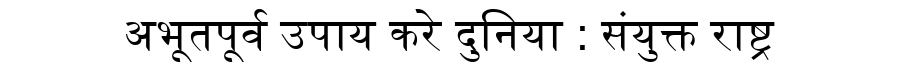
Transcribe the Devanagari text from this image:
अभूतपूर्व उपाय करे दुनिया : संयुक्त राष्ट्र